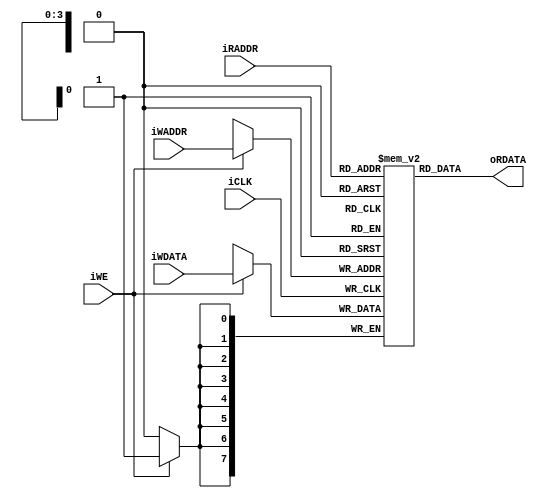
module reg_file
	#(
		parameter DATA_WIDTH = 8,	// number of bits in a word
		          ADDR_WIDTH = 4
	)
	(
		input wire iCLK,
		input wire iWE,
		input wire [ADDR_WIDTH-1:0] iWADDR, iRADDR,
		input wire [DATA_WIDTH-1:0] iWDATA,
		output wire [DATA_WIDTH-1:0] oRDATA
	);

	// signal declaration
	reg [DATA_WIDTH-1:0] array_reg [2**ADDR_WIDTH-1:0];

	// body
	// write operation
	always @(posedge iCLK)
		if (iWE)
			array_reg[iWADDR] <= iWDATA;
	// read operation
	assign oRDATA =  array_reg[iRADDR];
endmodule